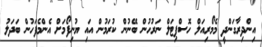
އިންދިރާގަންދީ މެމޯރިއަލް ހޮސްޕިޓަލް ނަރުހުން ބޭނުން ކުރަމުން އައި ޔުނިފޯމަށް އެންމެފަހުން ބަދަލު